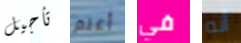
تأجيل أعلم في أنه